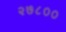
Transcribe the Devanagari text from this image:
२७८००